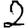
Digit: 2